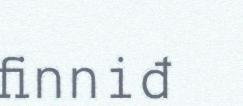
finniđ